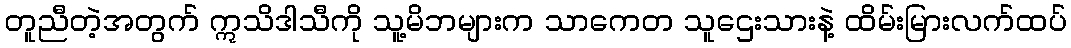
တူညီတဲ့အတွက် ဣသိဒါသီကို သူ့မိဘများက သာကေတ သူဌေးသားနဲ့ ထိမ်းမြားလက်ထပ်